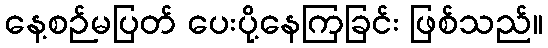
နေ့စဉ်မပြတ် ပေးပို့နေကြခြင်း ဖြစ်သည်။